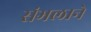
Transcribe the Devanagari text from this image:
संभलाने